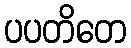
ပပတိတေ